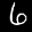
Label: 6